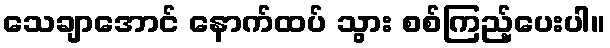
သေချာအောင် နောက်ထပ် သွား စစ်ကြည့်ပေးပါ။